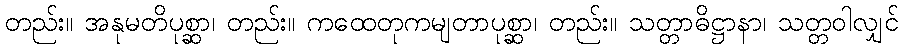
တည်း။ အနုမတိပုစ္ဆာ၊ တည်း။ ကထေတုကမျတာပုစ္ဆာ၊ တည်း။ သတ္တာဓိဋ္ဌာနာ၊ သတ္တဝါလျှင်